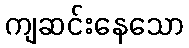
ကျဆင်းနေသော